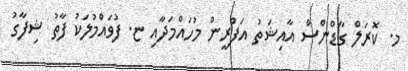
މ. ކޮރަލް ގާޑްންސް އާއިޝަތު އަފްރީން މުހައްމަދާއި ޏ. ފުވައްމުލަކު ފާތު ޝިފާގު